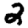
Digit: 2